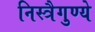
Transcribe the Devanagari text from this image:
निस्त्रैगुण्ये